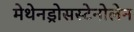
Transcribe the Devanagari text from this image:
मेथेनड्रोसस्टेनोलेन